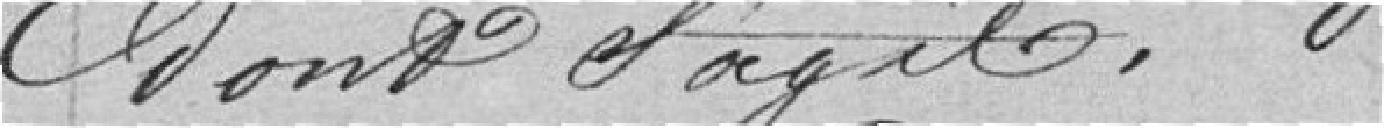
dont s'agit.